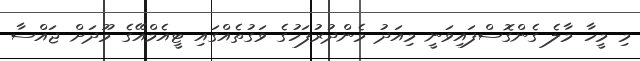
މި މީހާ މާލެ ގެންގޮސްފައިވަނީ މިއަދު މެންދުރުފަހުގެ ވަގުތެއްގައި ޓީއެމްއޭގެ މޫދަށް ޖައްސާ